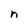
Character: n